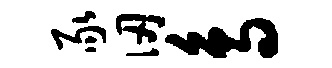
豕仞鸟